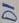
Text: D1